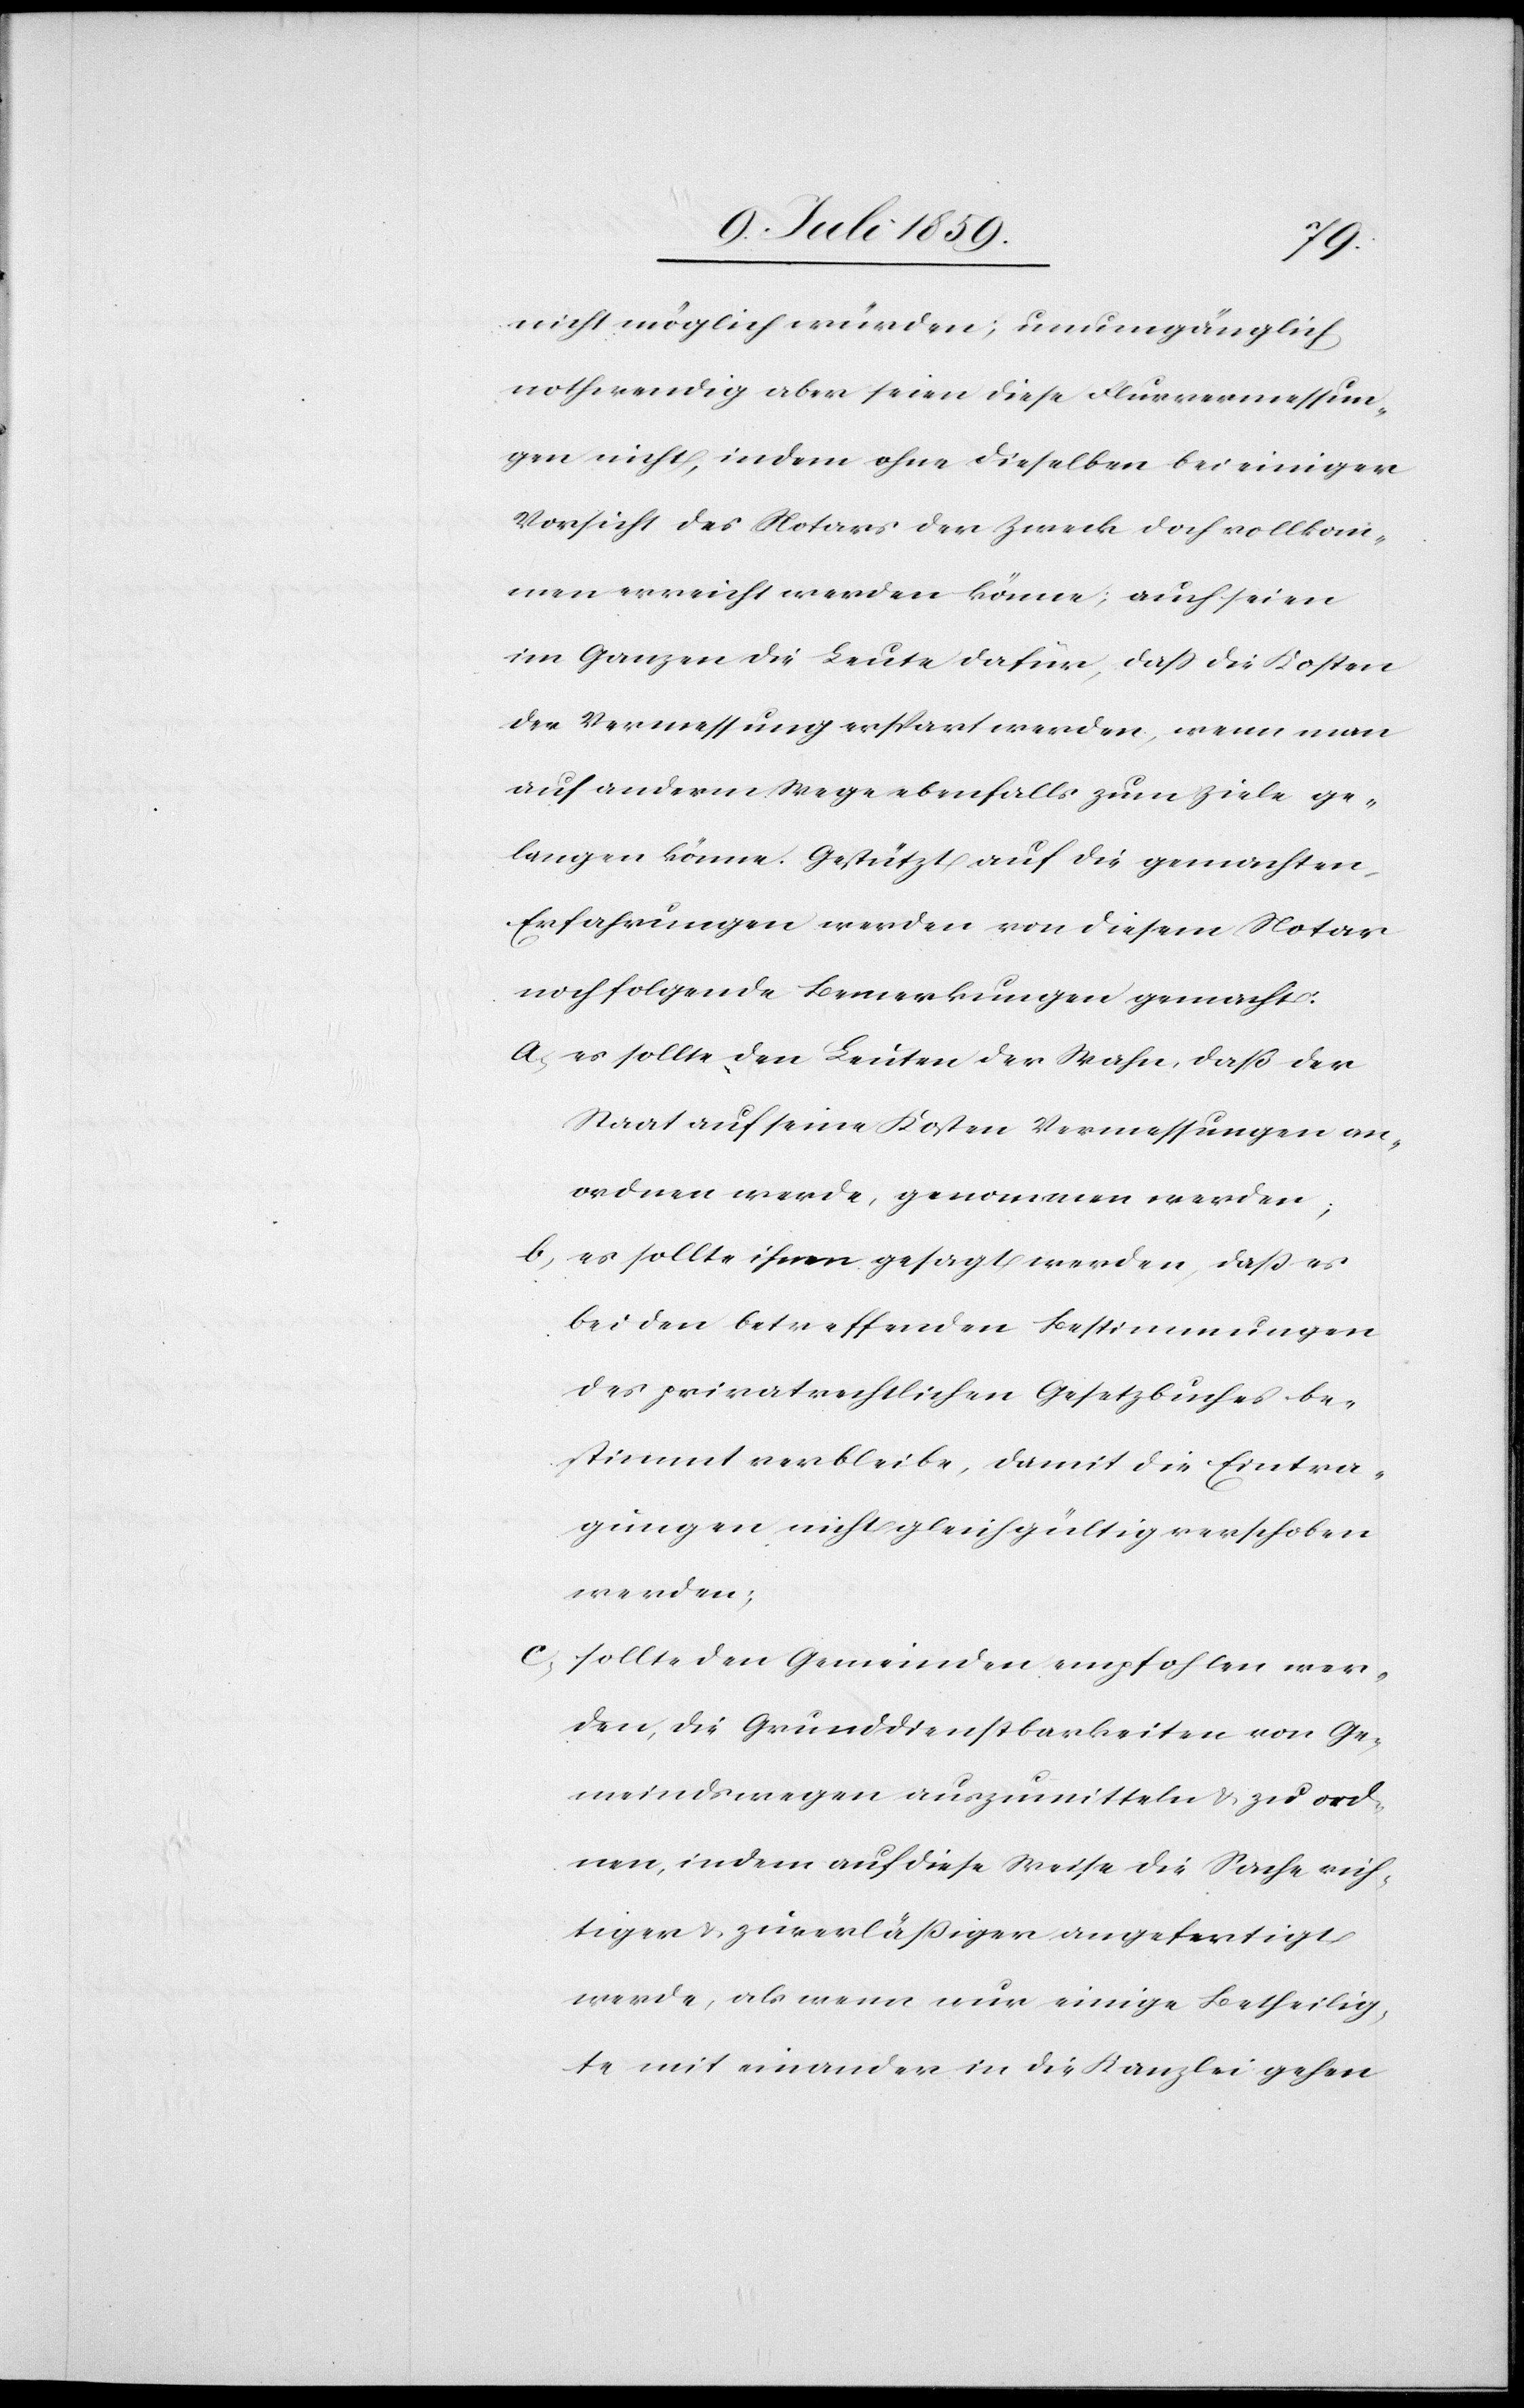
nicht möglich würden; unumgänglich
nothwendig aber seien diese Flurvermessun¬
gen nicht, indem ohne dieselben bei einiger
Vorsicht des Notars der Zweck doch vollkom¬
men erreicht werden könne; auch seien
im Ganzen die Leute dafür, daß die Kosten
der Vermessung erspart werden, wenn man
auf anderm Wege ebenfalls zum Ziele ge¬
langen könne. Gestützt auf die gemachten
Erfahrungen werden von diesem Notar
noch folgende Bemerkungen gemacht:
a. es sollte den Leuten der Wahn, daß der
Staat auf seine Kosten Vermessungen an¬
ordnen werde, genommen werden;
b. es sollte ihnen gesagt werden, daß es
bei den betreffenden Bestimmungen
des privatrechtlichen Gesetzbuches be¬
stimmt verbleibe, damit die Eintra¬
gungen nicht gleichgültig verschoben
werden;
c. sollte den Gemeinden empfohlen wer¬
den, die Grunddienstbarkeiten von Ge¬
meindswegen auszumitteln u. zu ord¬
nen, indem auf diese Weise die Sache rich¬
tiger u. zuverläßiger angefertigt
werde, als wenn nur einige Betheilig¬
te mit einander in die Kanzlei gehen